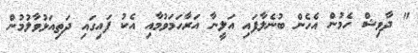
" ދާވިޝް ހެމުން އެހެން ބުނެލާފައި އަލީނާ އަރާހަމަވުމާއި އެކު ފައިގައި ދަތިއަޅުވާލުމުން